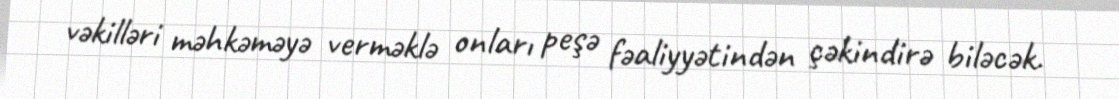
vəkilləri məhkəməyə verməklə onları peşə fəaliyyətindən çəkindirə biləcək.